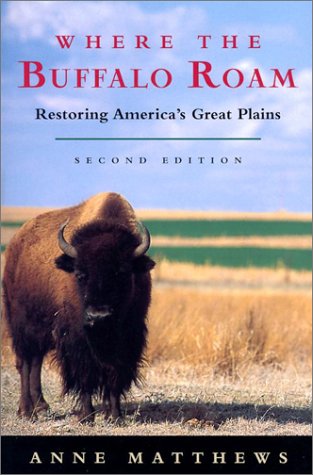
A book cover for Where the Buffalo Roam: Restoring America's Great Plains; Anne Matthews; Law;